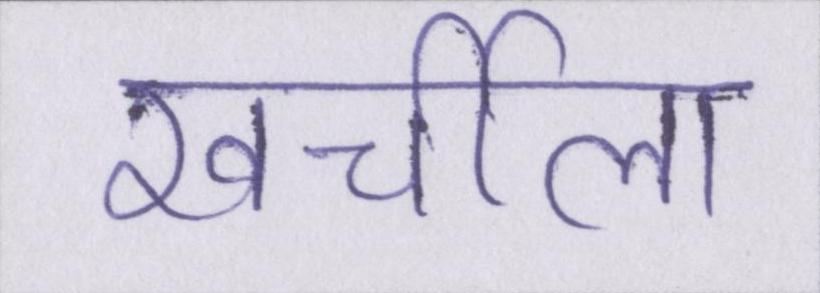
खर्चीला